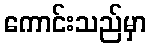
ကောင်းသည်မှာ